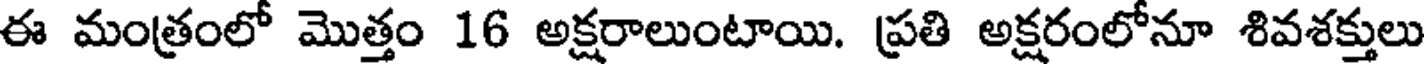
ఈ మంత్రంలో మొత్తం 16 అక్షరాలుంటాయి. ప్రతి అక్షరంలోనూ శివశక్తులు